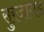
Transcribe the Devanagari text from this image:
सुरजागड